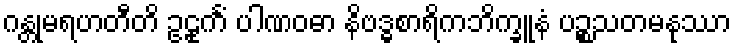
ဂန္တုမရဟတီတိ ဥဠုင်္ကံ ပါဏဝဓာ နိဗဒ္ဓစာရိကဘိက္ခူနံ ပဉ္စသတမနုဿာ